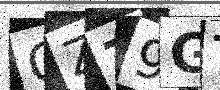
Text: CZZ9GT